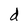
Character: d